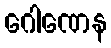
ဂေါဏေန